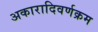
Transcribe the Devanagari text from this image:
अकारादिवर्णक्रम